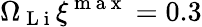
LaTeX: \Omega_{\mathrm{~L~i~}}\xi^{\mathrm{~m~a~x~}}=0.3